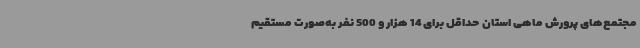
مجتمع‌های پرورش ماهی استان حداقل برای 14 هزار و 500 نفر به‌صورت مستقیم